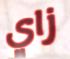
زاي